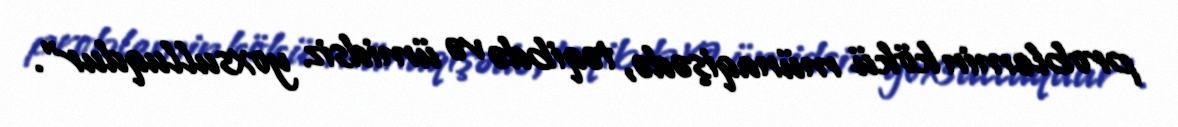
problemin kökü münaqişədə, təqibdə və ümidsiz yoxsulluqdur".